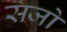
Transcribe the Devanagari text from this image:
सजो